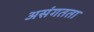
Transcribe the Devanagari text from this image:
असंगतता